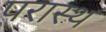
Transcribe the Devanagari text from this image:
परास्थ